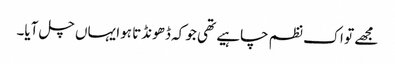
مجھے تو اک نظم چاہیے تھی جو کہ ڈھونڈتا ہوا یہاں چل آیا۔